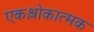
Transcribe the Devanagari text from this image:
एकश्लोकात्मक